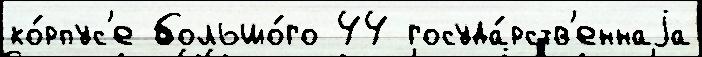
ко́рпус'е большо́го 44 госуда́рств'еннаjа